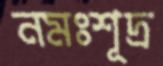
নমঃশূদ্র